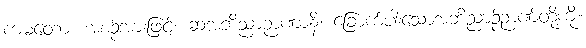
ကမတော၊ အစဉ်အားဖြင့်။ ဆအဘိညာဉာဏာနိ၊ ခြောက်ပါးသောအဘိညာဉ်ဉာဏ်တို့ကို။